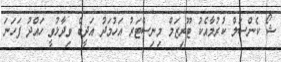
ޝޯ ކެންސަލް ކުރުމާއެކު ޓޫރިޒަމް މިނިސްޓަރު އަހުމަދު އަދީބް ވިދާޅުވީ ހައްދު ފަހަނަ